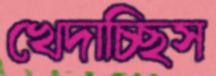
খেদাচ্ছিস